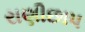
રાણીછાપ